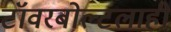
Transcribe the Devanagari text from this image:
टॉवरबोल्टलाही